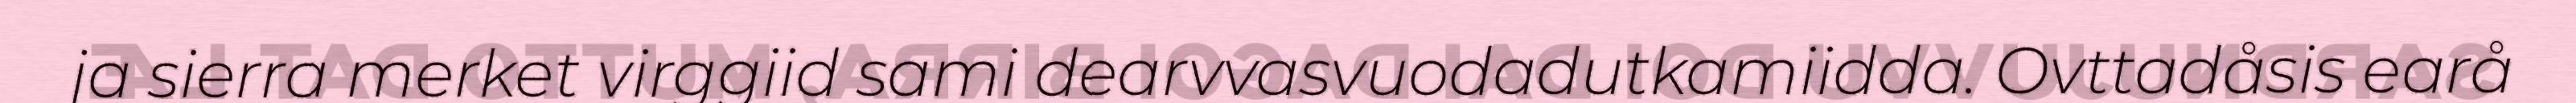
ja sierra merket virggiid sami dearvvasvuodadutkamiidda. Ovttadåsis earå